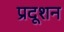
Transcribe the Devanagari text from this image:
प्रदूशन